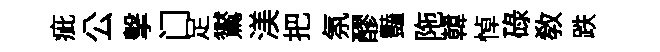
疵公擊门足鸑渼把氛醪豔陁韓悼碌教跌